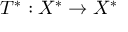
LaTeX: T ^ { * } : X ^ { * } \to X ^ { * }